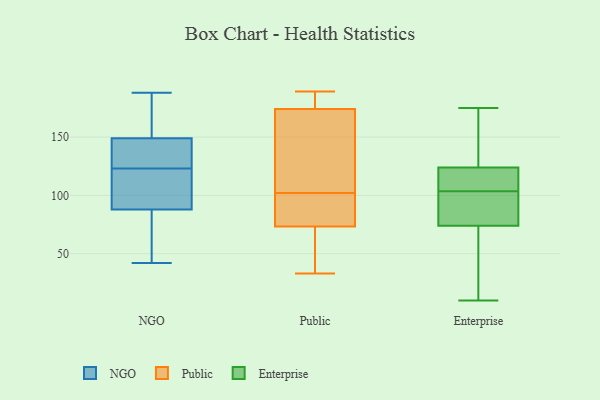
{"axis": {"x": "Bounce Rate (%)", "y": "Value"}, "legend": ["Enterprise", "NGO", "Public"], "data": [{"x": "", "y": 165, "type": "NGO"}, {"x": "", "y": 118, "type": "NGO"}, {"x": "", "y": 42, "type": "NGO"}, {"x": "", "y": 134, "type": "NGO"}, {"x": "", "y": 141, "type": "NGO"}, {"x": "", "y": 135, "type": "NGO"}, {"x": "", "y": 151, "type": "NGO"}, {"x": "", "y": 76, "type": "NGO"}, {"x": "", "y": 180, "type": "NGO"}, {"x": "", "y": 99, "type": "NGO"}, {"x": "", "y": 188, "type": "NGO"}, {"x": "", "y": 57, "type": "NGO"}, {"x": "", "y": 58, "type": "NGO"}, {"x": "", "y": 107, "type": "NGO"}, {"x": "", "y": 183, "type": "NGO"}, {"x": "", "y": 147, "type": "NGO"}, {"x": "", "y": 128, "type": "NGO"}, {"x": "", "y": 96, "type": "NGO"}, {"x": "", "y": 91, "type": "NGO"}, {"x": "", "y": 85, "type": "NGO"}, {"x": "", "y": 74, "type": "Public"}, {"x": "", "y": 67, "type": "Public"}, {"x": "", "y": 102, "type": "Public"}, {"x": "", "y": 176, "type": "Public"}, {"x": "", "y": 180, "type": "Public"}, {"x": "", "y": 189, "type": "Public"}, {"x": "", "y": 73, "type": "Public"}, {"x": "", "y": 52, "type": "Public"}, {"x": "", "y": 132, "type": "Public"}, {"x": "", "y": 85, "type": "Public"}, {"x": "", "y": 168, "type": "Public"}, {"x": "", "y": 92, "type": "Public"}, {"x": "", "y": 184, "type": "Public"}, {"x": "", "y": 188, "type": "Public"}, {"x": "", "y": 111, "type": "Public"}, {"x": "", "y": 82, "type": "Public"}, {"x": "", "y": 33, "type": "Public"}, {"x": "", "y": 67, "type": "Public"}, {"x": "", "y": 146, "type": "Public"}, {"x": "", "y": 124, "type": "Enterprise"}, {"x": "", "y": 33, "type": "Enterprise"}, {"x": "", "y": 80, "type": "Enterprise"}, {"x": "", "y": 92, "type": "Enterprise"}, {"x": "", "y": 36, "type": "Enterprise"}, {"x": "", "y": 114, "type": "Enterprise"}, {"x": "", "y": 175, "type": "Enterprise"}, {"x": "", "y": 118, "type": "Enterprise"}, {"x": "", "y": 10, "type": "Enterprise"}, {"x": "", "y": 74, "type": "Enterprise"}, {"x": "", "y": 175, "type": "Enterprise"}, {"x": "", "y": 122, "type": "Enterprise"}, {"x": "", "y": 170, "type": "Enterprise"}, {"x": "", "y": 93, "type": "Enterprise"}]}